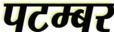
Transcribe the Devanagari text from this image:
पटम्‍बर